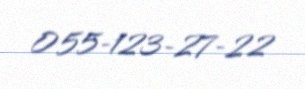
055-123-27-22